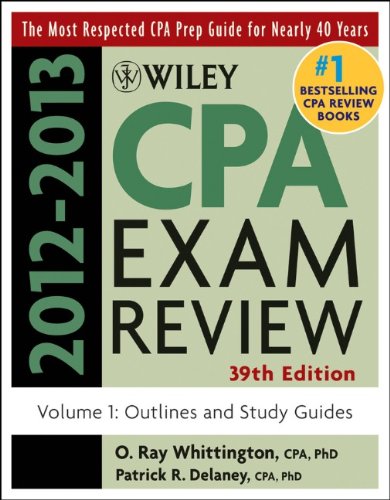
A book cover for Wiley CPA Examination Review, Outlines and Study Guides (Volume 1); Patrick R. Delaney; Test Preparation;